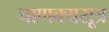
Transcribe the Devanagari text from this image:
चाणक्यसूत्र